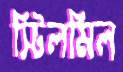
স্টিলমিল